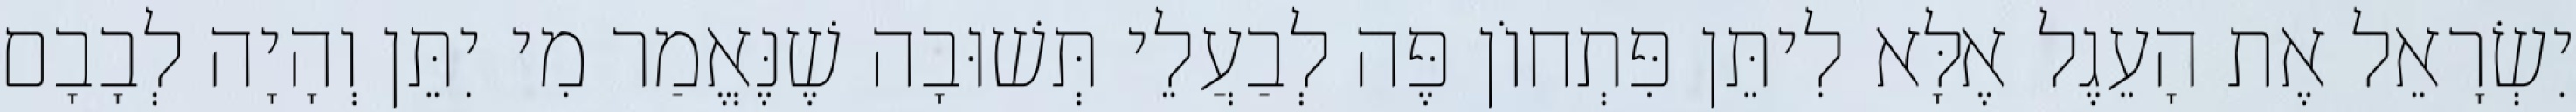
יִשְׂרָאֵל אֶת הָעֵגֶל אֶלָּא לִיתֵּן פִּתְחוֹן פֶּה לְבַעֲלֵי תְּשׁוּבָה שֶׁנֶּאֱמַר מִי יִתֵּן וְהָיָה לְבָבָם